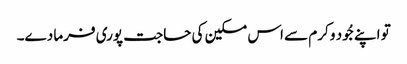
تو اپنے جُود و کرم سے اس مسکین کی حاجت پوری فرما دے۔